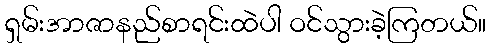
ရှမ်းအာဇာနည်စာရင်းထဲပါ ဝင်သွားခဲ့ကြတယ်။